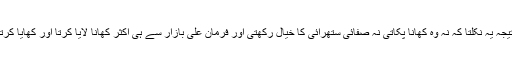
نتیجہ یہ نکلتا کہ نہ وہ کھانا پکاتی نہ صفائی ستھرائی کا خیال رکھتی اور فرمان علی بازار سے ہی اکثر کھانا لایا کرتا اور کھایا کرتا۔